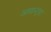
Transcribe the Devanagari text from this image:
अमान्ट्स